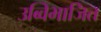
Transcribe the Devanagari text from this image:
उब्विभाजित